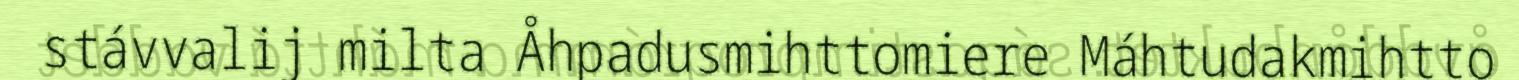
stávvalij milta Åhpadusmihttomiere Máhtudakmihtto